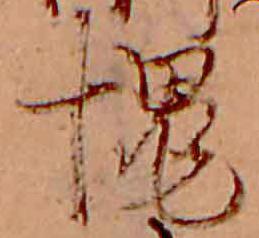
愧